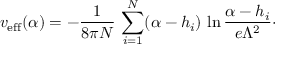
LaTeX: v _ { \mathrm { e f f } } ( \alpha ) = - { \frac { 1 } { 8 \pi N } } \, \sum _ { i = 1 } ^ { N } ( \alpha - h _ { i } ) \, \ln { \frac { \alpha - h _ { i } } { e \Lambda ^ { 2 } } } \cdotp